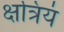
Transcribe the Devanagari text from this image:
क्षत्रियं